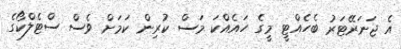
އެ ޖަނަރޭޓަރު ބެހެއްޓީ މީގެ ހައެއްކަ މަސް ކުރިން ކަމަށް ވެސް ސްޓެލްކޯގެ